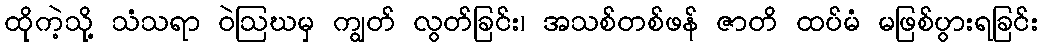
ထိုကဲ့သို့ သံသရာ ဝဲဩဃမှ ကျွတ် လွတ်ခြင်း၊ အသစ်တစ်ဖန် ဇာတိ ထပ်မံ မဖြစ်ပွားရခြင်း